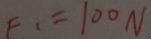
F _ { 1 } = 1 0 0 N